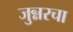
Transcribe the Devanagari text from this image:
जुन्नरचा